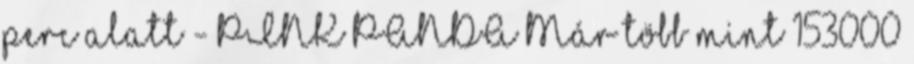
perc alatt - PINK PANDA Már több mint 153000